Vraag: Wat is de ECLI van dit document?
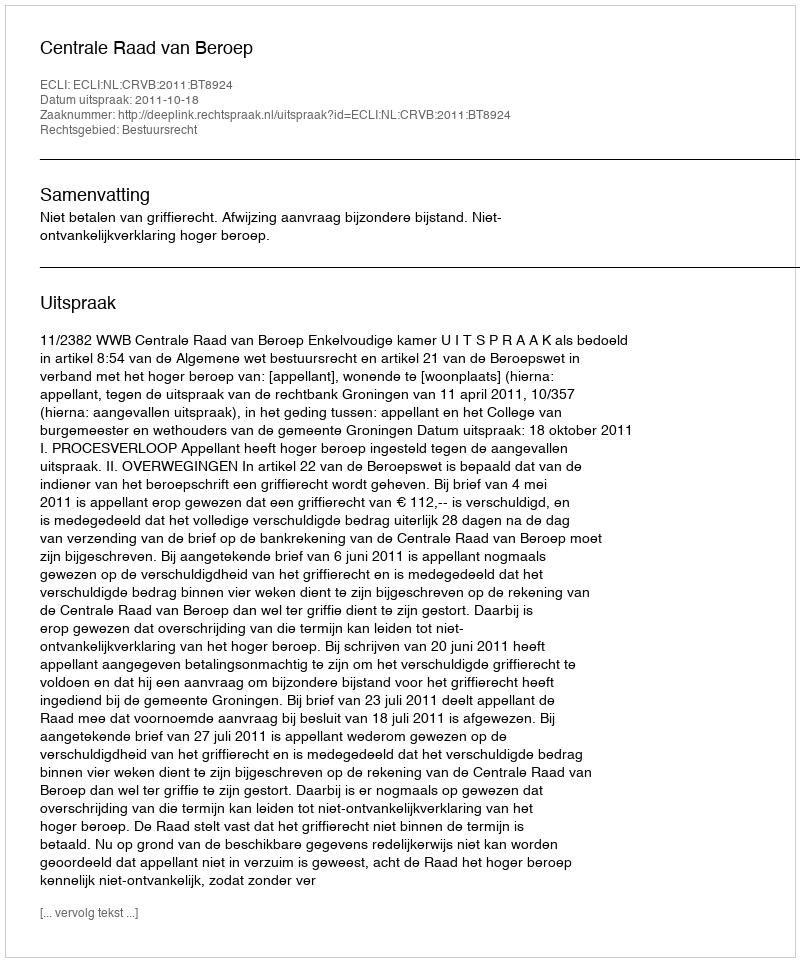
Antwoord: ECLI:NL:CRVB:2011:BT8924